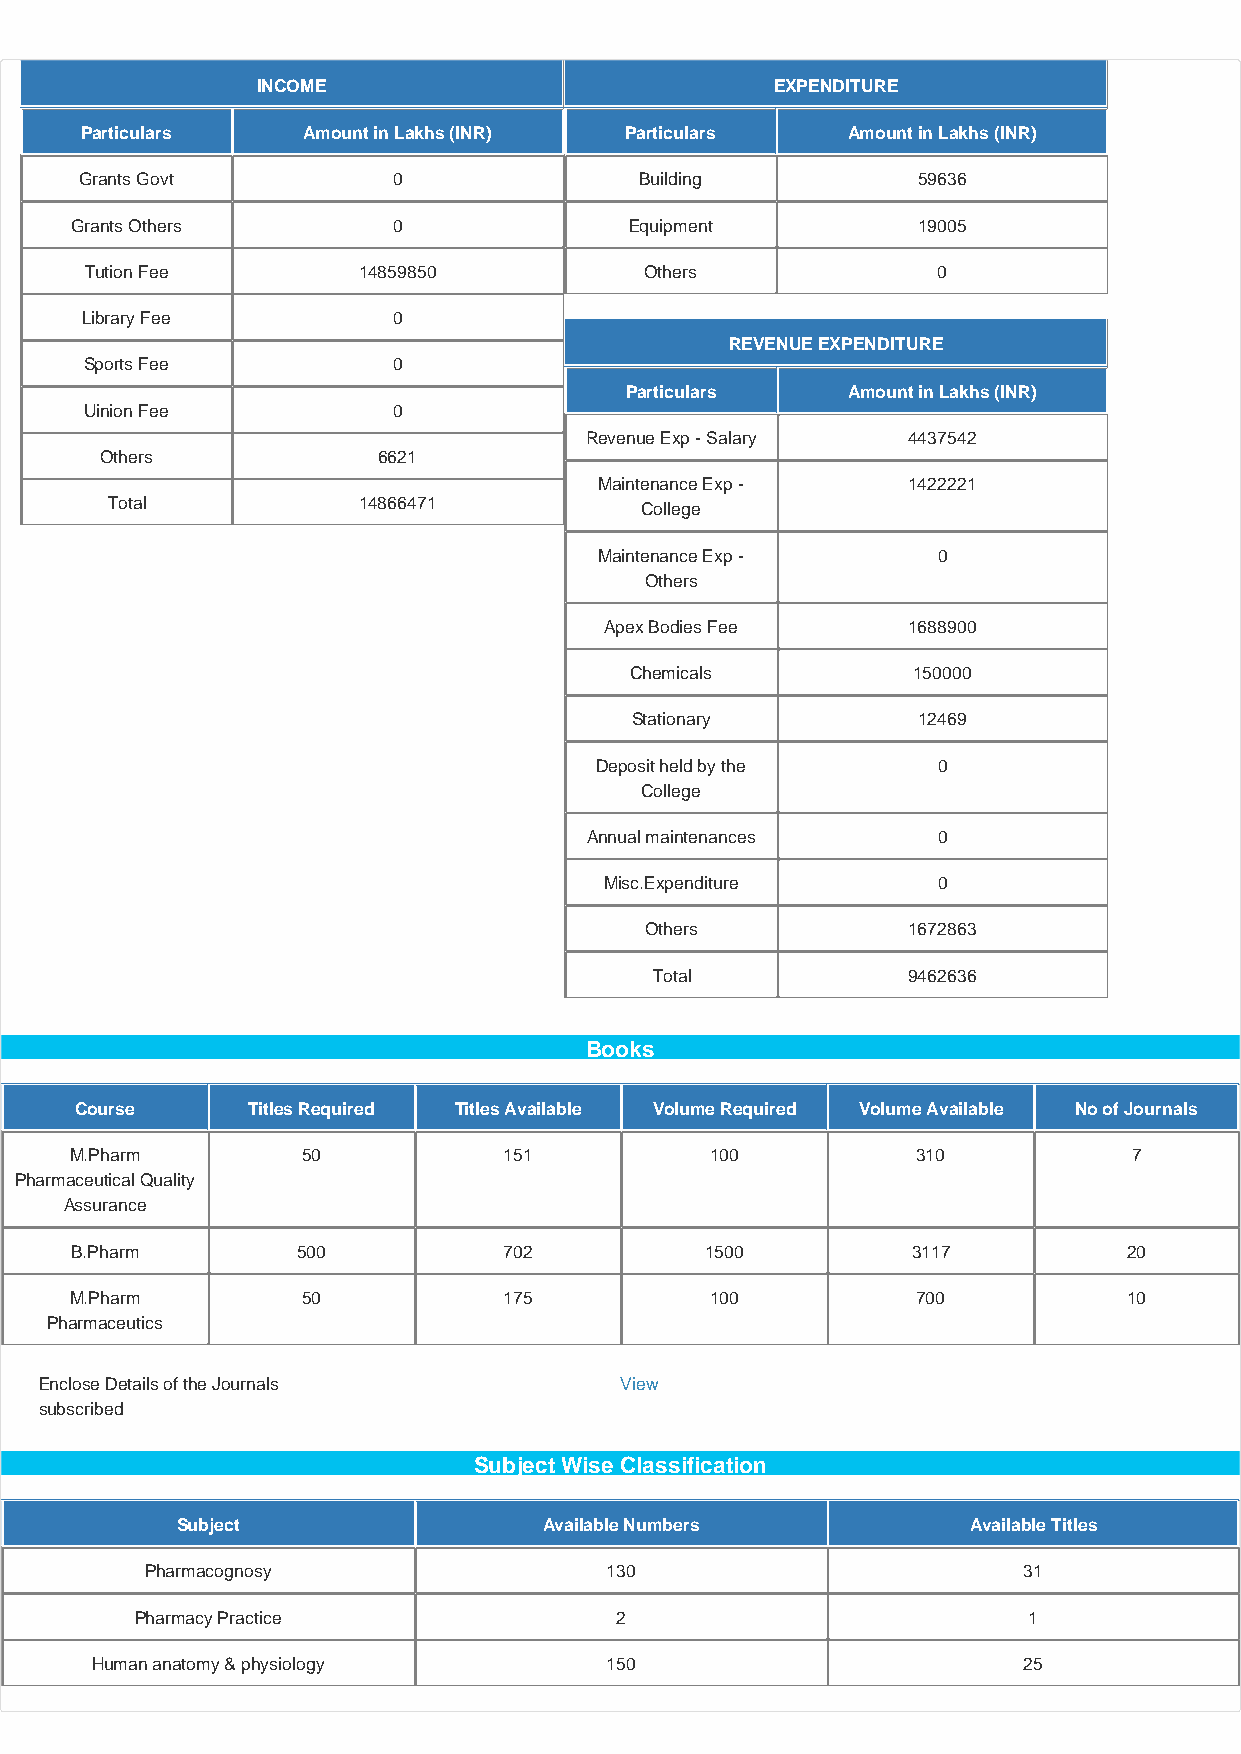
INCOME                            EXPENDITURE
 Particulars    Amount in Lakhs (INR) Particulars   Amount in Lakhs (INR)
 Grants Govt          0               Building           59636
 Grants Others        0               Equipment          19005
 Tution Fee        14859850           Others             0
 Library Fee          0
 REVENUE EXPENDITURE
 Sports Fee          0
 Particulars    Amount in Lakhs (INR)
 Uinion Fee          0
 Revenue Exp - Salary 4437542
 Others            6621
 Maintenance Exp -   1422221
 Total            14866471          College
 Maintenance Exp -     0
 Others
 Apex Bodies Fee     1688900
 Chemicals         150000
 Stationary         12469
 Deposit held by the    0
 College
 Annual maintenances    0
 Misc.Expenditure      0
 Others           1672863
 Total            9462636
 Books
 Course     Titles Required Titles Available Volume Required Volume Available No of Journals
 M.Pharm        50           151           100           310           7
 Pharmaceutical Quality
 Assurance
 B.Pharm        500          702           1500         3117           20
 M.Pharm        50           175           100           700           10
 Pharmaceutics
 Enclose Details of the Journals       View
 subscribed
 Subject Wise Classification
 Subject                 Available Numbers           Available Titles
 Pharmacognosy                 130                         31
 Pharmacy Practice               2                          1
 Human anatomy & physiology        150                         25